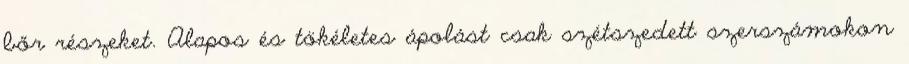
bőr részeket. Alapos és tökéletes ápolást csak szétszedett szerszámokon